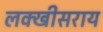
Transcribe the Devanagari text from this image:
लक्‍खीसराय